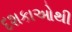
દશકાઓથી